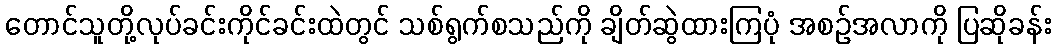
တောင်သူတို့လုပ်ခင်းကိုင်ခင်းထဲတွင် သစ်ရွက်စသည်ကို ချိတ်ဆွဲထားကြပုံ အစဉ်အလာကို ပြဆိုခန်း